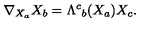
\nabla _ { { X _ { a } } } X _ { b } = \Lambda ^ { c } { } _ { b } ( X _ { a } ) X _ { c } .